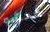
محشو